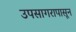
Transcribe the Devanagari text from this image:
उपसागरापासून